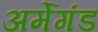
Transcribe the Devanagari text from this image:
अर्मेगंड